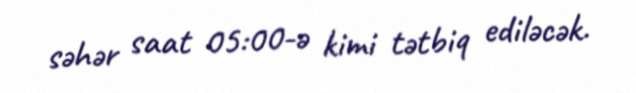
səhər saat 05:00-ə kimi tətbiq ediləcək.